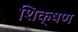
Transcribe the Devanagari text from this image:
शि़क्षण